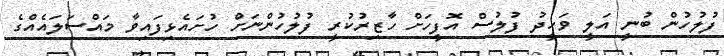
ފުލުހުން ބުނީ އަލީ ވަހީދު ފުލުސް އޮފީހަށް ހާޒިރުކުރީ ފުލުހުންނަށް ހުށައެޅިފައިވާ މައްސަލައެއްގެ